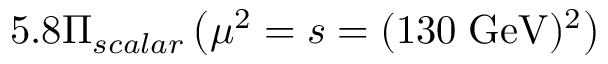
5 . 8 \Pi _ { s c a l a r } \left( \mu ^ { 2 } = s = ( 1 3 0 \; \mathrm { G e V } ) ^ { 2 } \right)